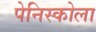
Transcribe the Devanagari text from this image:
पेनिस्कोला